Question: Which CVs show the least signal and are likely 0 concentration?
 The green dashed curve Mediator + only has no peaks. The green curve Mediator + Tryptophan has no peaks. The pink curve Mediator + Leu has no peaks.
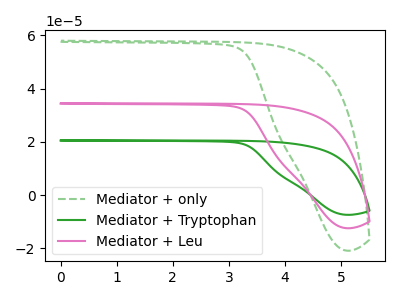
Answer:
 <answer>"Mediator + only", "Mediator + Tryptophan" and "Mediator + Leu" are likely to be blanks.</answer>
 <eval>"Mediator + only", "Mediator + Tryptophan", "Mediator + Leu"</eval>